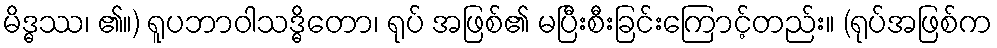
မိဒ္ဓဿ၊ ၏။) ရူပဘာဝါသဒ္ဓိတော၊ ရုပ် အဖြစ်၏ မပြီးစီးခြင်းကြောင့်တည်း။ (ရုပ်အဖြစ်က